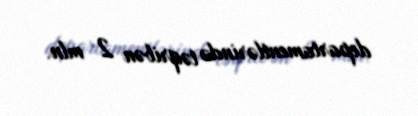
departamentlərində təqribən 2 mln.